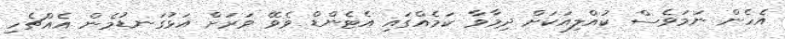
އެހެން ނަމަވެސް ކުއްލިއަކަށް ދިމާވާ ކަމެއްގައި އެޓެންޑް ވެވޭ ވަރަށް އަޅުގަނޑުމެން އެއްޗެހި